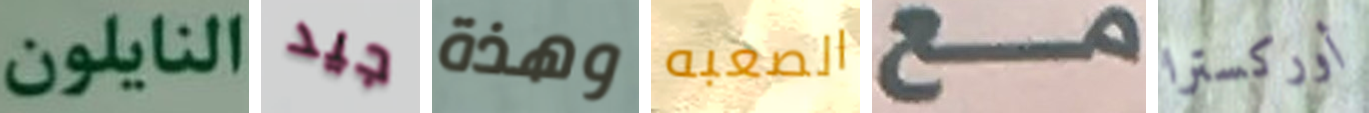
النايلون جيد وهذة الصعبه مع أوركسترا